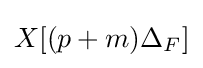
X[(p+m)\Delta _{F}]